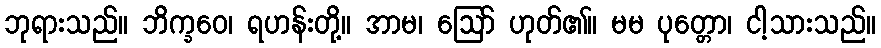
ဘုရားသည်။ ဘိက္ခဝေ၊ ရဟန်းတို့။ အာမ၊ ဩော် ဟုတ်၏။ မမ ပုတ္တော၊ ငါ့သားသည်။